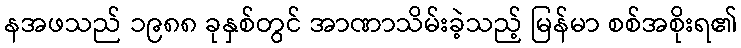
နအဖသည် ၁၉၈၈ ခုနှစ်တွင် အာဏာသိမ်းခဲ့သည့် မြန်မာ စစ်အစိုးရ၏